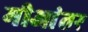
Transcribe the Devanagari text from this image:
मीआंतर